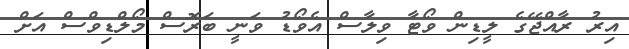
އިރު ރާއްޖޭގެ ލީޑިން ވޯޓާ ވިލާސް އެވޯޑު ވަނީ ބަރޮސް މޯލްޑިވްސް އަށް